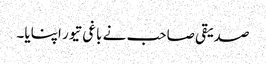
صدیقی صاحب نے باغی تیور اپنایا۔